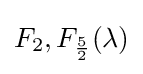
F_{2},F_{\frac {5}{2}}(\lambda )